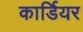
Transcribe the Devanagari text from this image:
कार्डियर